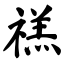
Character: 禚